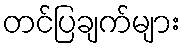
တင်ပြချက်များ